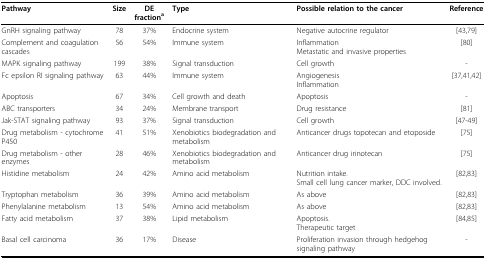
<table><thead><tr><td><b>Pathway</b></td><td><b>Size</b></td><td><b>DE fraction<sup>a</sup></b></td><td><b>Type</b></td><td><b>Possible relation to the cancer</b></td><td><b>Reference</b></td></tr></thead><tbody><tr><td>GnRH signaling pathway</td><td>78</td><td>37%</td><td>Endocrine system</td><td>Negative autocrine regulator</td><td>[43,79]</td></tr><tr><td>Complement and coagulation cascades</td><td>56</td><td>54%</td><td>Immune system</td><td>InflammationMetastatic and invasive properties</td><td>[80]</td></tr><tr><td>MAPK signaling pathway</td><td>199</td><td>38%</td><td>Signal transduction</td><td>Cell growth</td><td>-</td></tr><tr><td>Fc epsilon RI signaling pathway</td><td>63</td><td>44%</td><td>Immune system</td><td>AngiogenesisInflammation</td><td>[37,41,42]</td></tr><tr><td>Apoptosis</td><td>67</td><td>34%</td><td>Cell growth and death</td><td>Apoptosis</td><td>-</td></tr><tr><td>ABC transporters</td><td>34</td><td>24%</td><td>Membrane transport</td><td>Drug resistance</td><td>[81]</td></tr><tr><td>Jak-STAT signaling pathway</td><td>93</td><td>37%</td><td>Signal transduction</td><td>Cell growth</td><td>[47-49]</td></tr><tr><td>Drug metabolism - cytochrome P450</td><td>41</td><td>51%</td><td>Xenobiotics biodegradation and metabolism</td><td>Anticancer drugs topotecan and etoposide</td><td>[75]</td></tr><tr><td>Drug metabolism - other enzymes</td><td>28</td><td>46%</td><td>Xenobiotics biodegradation and metabolism</td><td>Anticancer drug irinotecan</td><td>[75]</td></tr><tr><td>Histidine metabolism</td><td>24</td><td>42%</td><td>Amino acid metabolism</td><td>Nutrition intake.Small cell lung cancer marker, DDC involved.</td><td>[82,83]</td></tr><tr><td>Tryptophan metabolism</td><td>36</td><td>39%</td><td>Amino acid metabolism</td><td>As above</td><td>[82,83]</td></tr><tr><td>Phenylalanine metabolism</td><td>13</td><td>54%</td><td>Amino acid metabolism</td><td>As above</td><td>[82,83]</td></tr><tr><td>Fatty acid metabolism</td><td>37</td><td>38%</td><td>Lipid metabolism</td><td>Apoptosis.Therapeutic target</td><td>[84,85]</td></tr><tr><td>Basal cell carcinoma</td><td>36</td><td>17%</td><td>Disease</td><td>Proliferation invasion through hedgehog signaling pathway</td><td>-</td></tr></tbody></table>